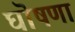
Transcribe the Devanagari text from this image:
घॊषणा